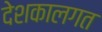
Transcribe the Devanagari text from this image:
देशकालगत